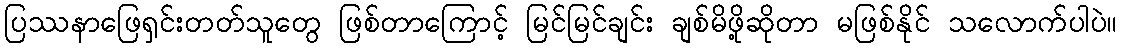
ပြဿနာဖြေရှင်းတတ်သူတွေ ဖြစ်တာကြောင့် မြင်မြင်ချင်း ချစ်မိဖို့ဆိုတာ မဖြစ်နိုင် သလောက်ပါပဲ။